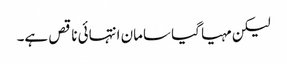
لیکن مہیا گیا سامان انتہائی ناقص ہے۔